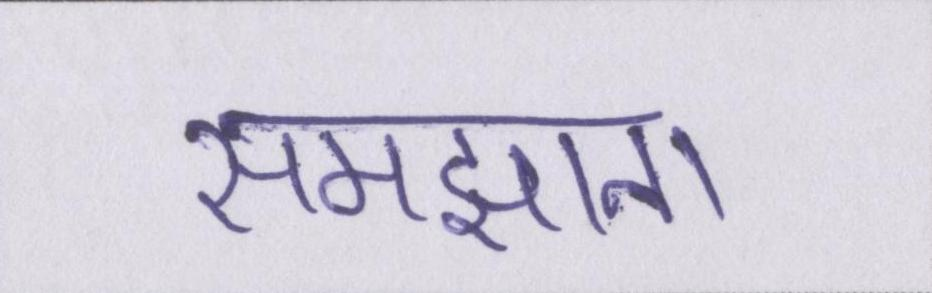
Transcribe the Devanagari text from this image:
समझाना